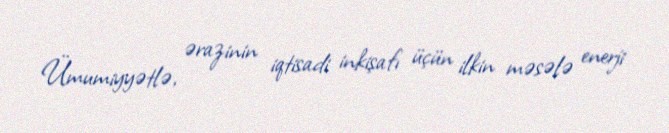
Ümumiyyətlə, ərazinin iqtisadi inkişafı üçün ilkin məsələ enerji